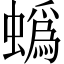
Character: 蟡